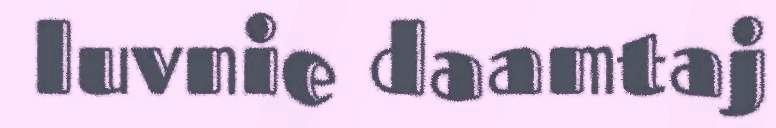
luvnie daamtaj